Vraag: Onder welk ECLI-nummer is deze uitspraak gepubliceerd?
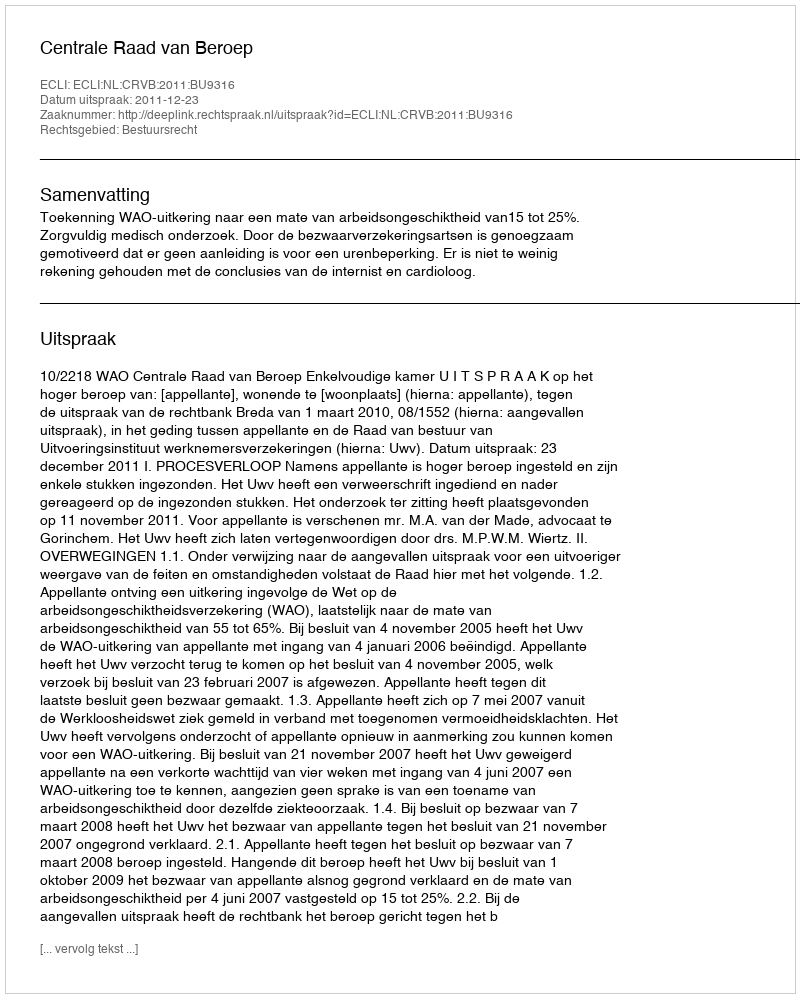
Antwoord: ECLI:NL:CRVB:2011:BU9316